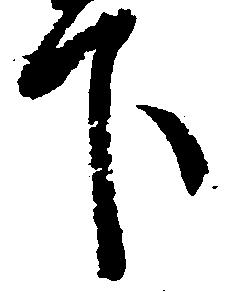
下